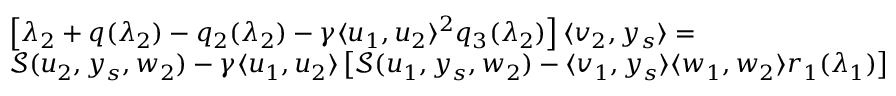
\begin{array} { r l } & { \left[ \lambda _ { 2 } + q ( \lambda _ { 2 } ) - q _ { 2 } ( \lambda _ { 2 } ) - { \gamma } \langle u _ { 1 } , u _ { 2 } \rangle ^ { 2 } q _ { 3 } ( \lambda _ { 2 } ) \right] \langle v _ { 2 } , y _ { s } \rangle = } \\ & { { \mathcal { S } } ( u _ { 2 } , y _ { s } , w _ { 2 } ) - { \gamma } \langle u _ { 1 } , u _ { 2 } \rangle \left[ { \mathcal { S } } ( u _ { 1 } , y _ { s } , w _ { 2 } ) - \langle v _ { 1 } , y _ { s } \rangle \langle w _ { 1 } , w _ { 2 } \rangle r _ { 1 } ( \lambda _ { 1 } ) \right] } \end{array}